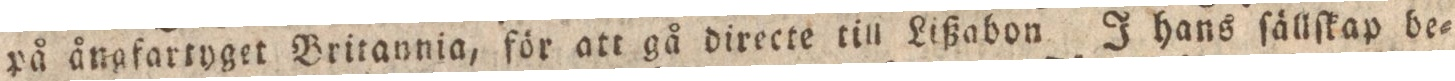
på ångfartyget Britannia, för att gå directe till Lißabon I hans ſällſkap be=